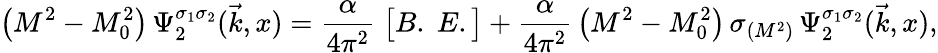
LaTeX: \bigl(M^{2}-M_{0}^{2}\bigr)\, \Psi_{2}^{\sigma_{1}\sigma_{2}}(\vec{k},x)={\frac{\alpha}{4\pi^{2}}}\; \bigl[B.\; E.\bigr]+{\frac{\alpha}{4\pi^{2}}}\, \bigl(M^{2}-M_{0}^{2}\bigr)\, \sigma_{(M^{2})}\, \Psi_{2}^{\sigma_{1}\sigma_{2}}(\vec{k},x),